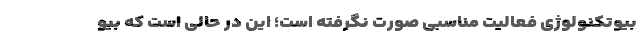
بیوتكنولوژی فعالیت مناسبی صورت نگرفته است؛ این در حالی است كه بیو